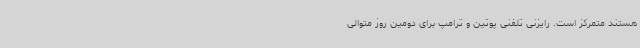
هستند متمرکز است. رایزنی تلفنی پوتین و ترامپ برای دومین روز متوالی